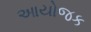
આયોજક